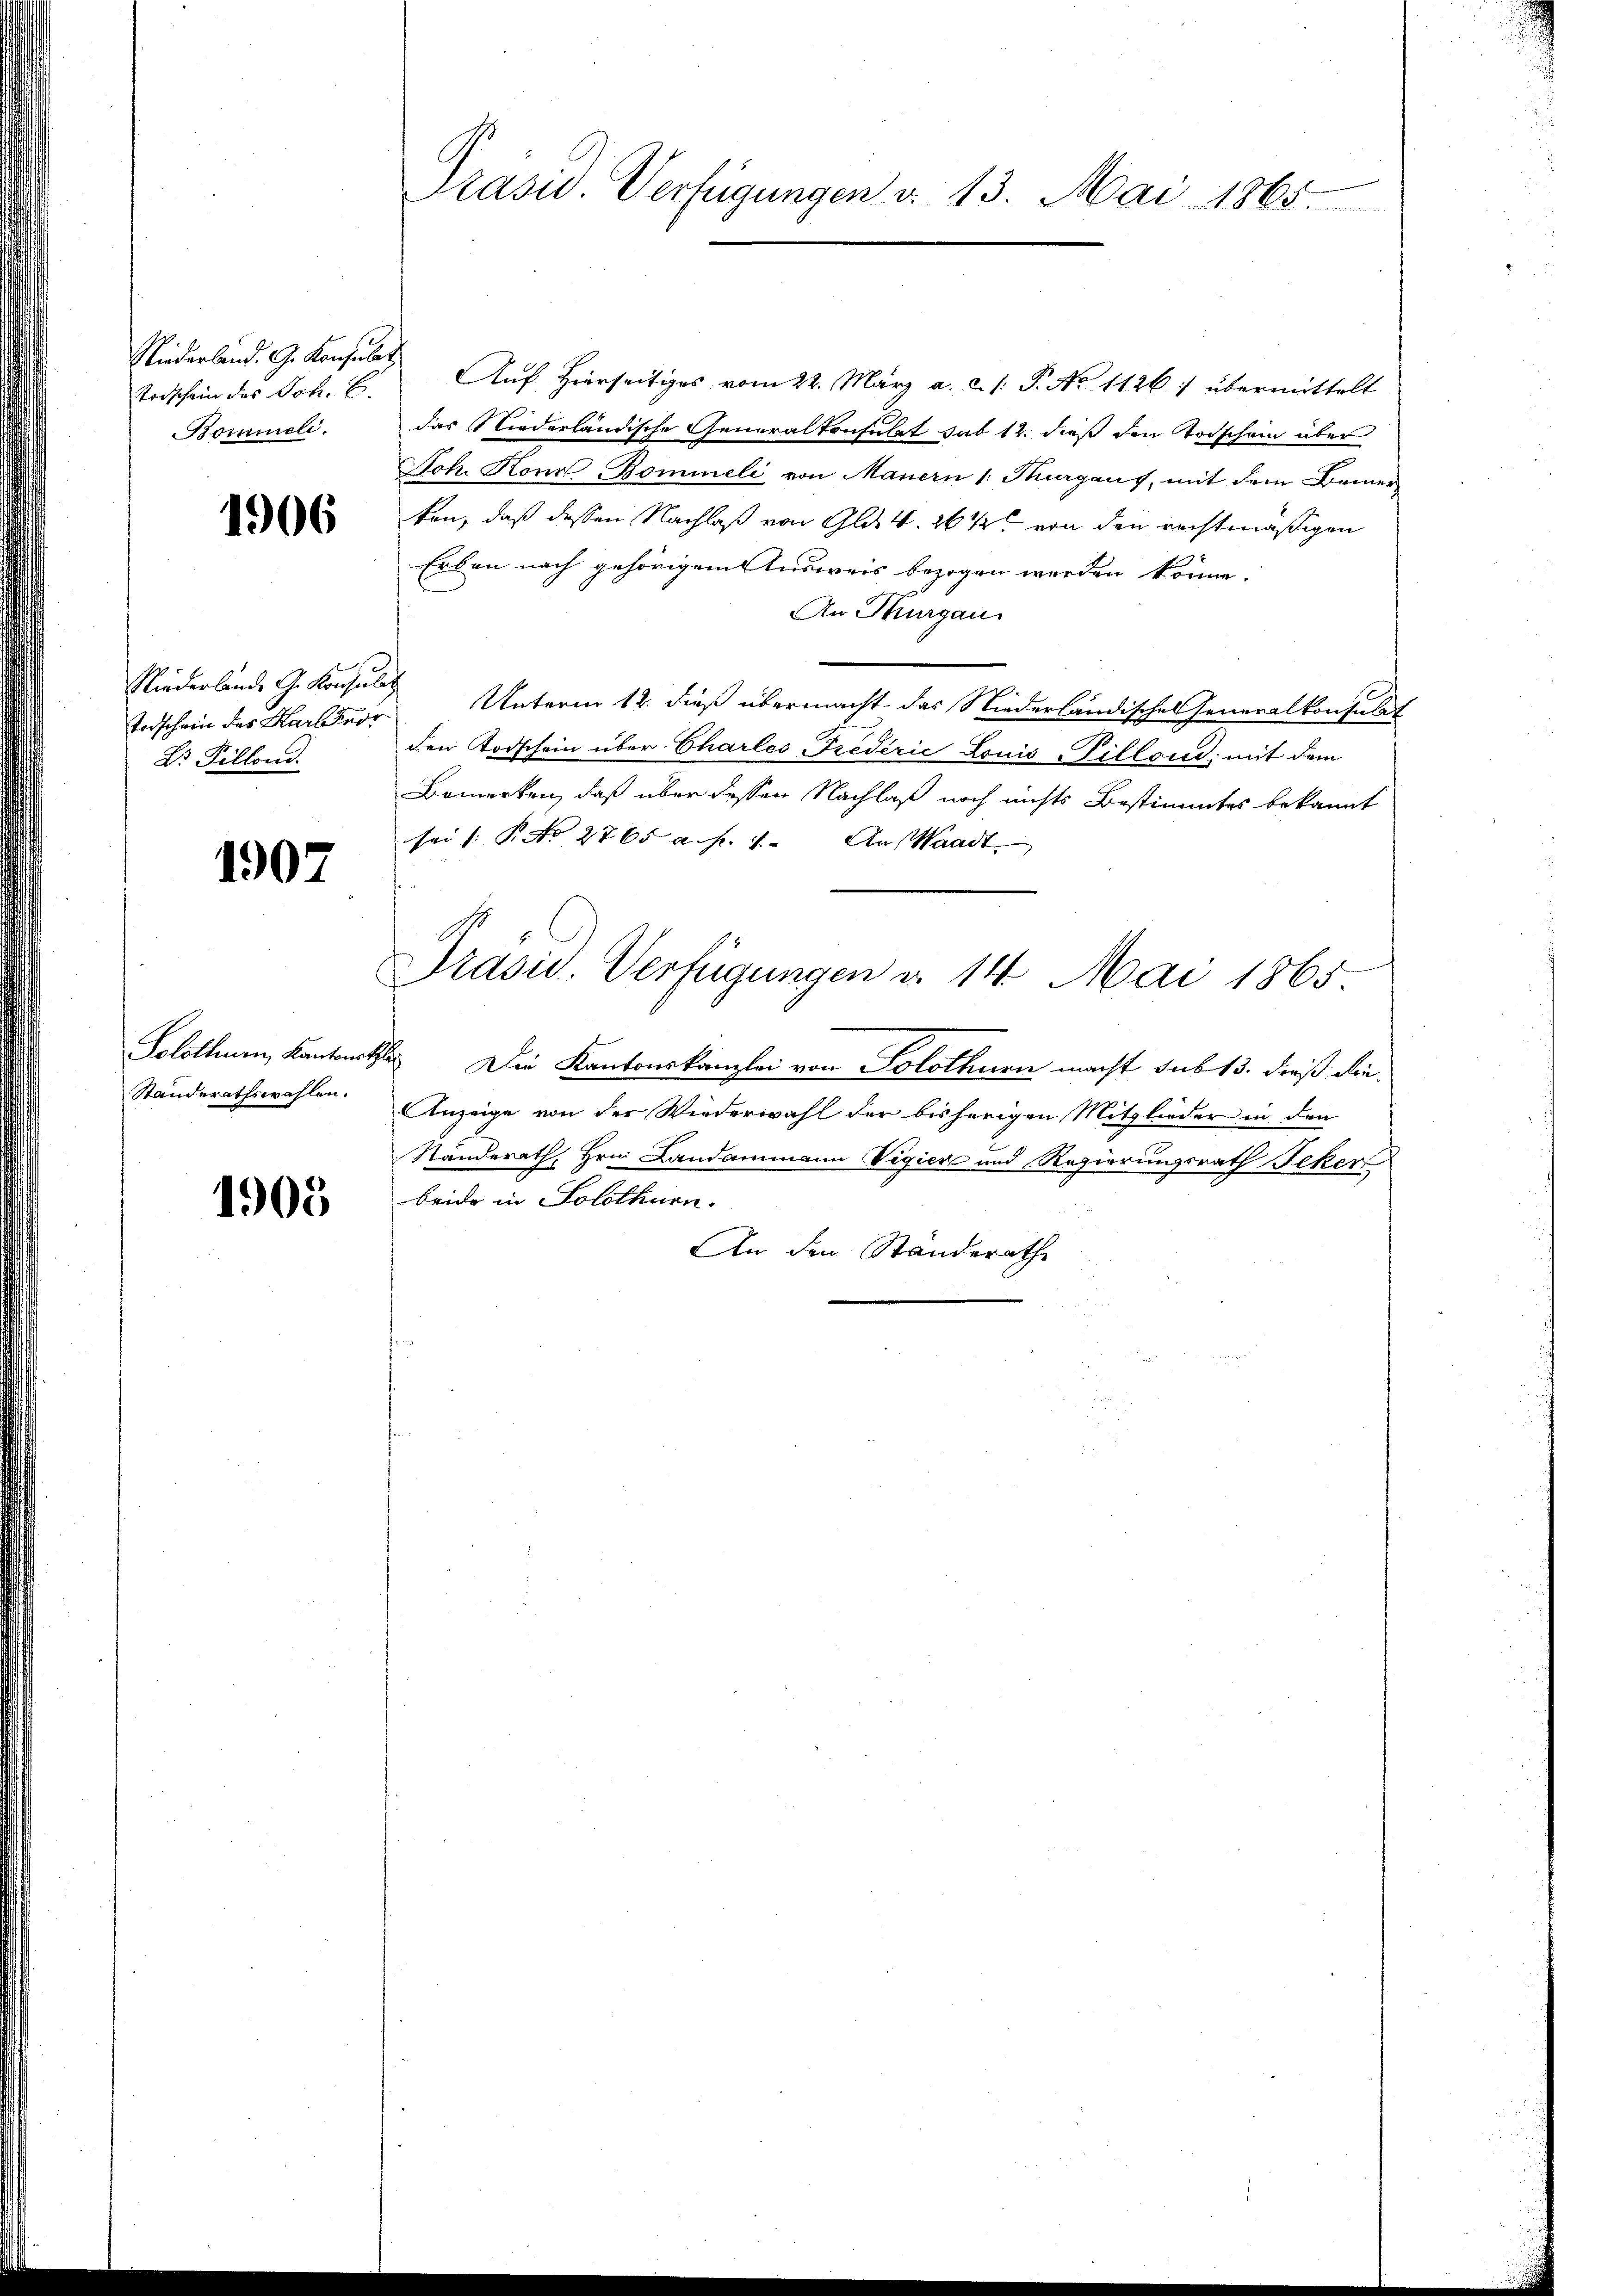
Niederland. G. Konsulat
todschein des Joh. E.
Bomineli.

1906

Todschein des Harlandr
Dr. Pillond.

1907

Solothurn, Kantonss
Standerathswahlen.

1905

Präsid. Verfügungen v. 13. Mai 1865

Auf Hierseitiges vom 22. März a. c. 1. P. No 1126. übermittelt
das Niederländische Generalkonsulat sub 12. dieß den Todschein über
Joh. Konn Bomineli von Mauern 1: Thurgauf, mit dem Bemerkon, daß dessen Nachlaß von Gld. v. 264 von den rechtmäßigen
Erben nach gehörigem Ausweis bezogen werden könne.
An Thurgau
Niederlande G. Konsuls Unterm 12. dieß übermacht das Niederländisches Generalkonsulat
den Todschein über Charles-Tredérić Louis Pilloce; mit dem
Bemerken, daß über dessen Nachlaß noch nichts Bestimmtes bekannt
sei (: P. No 2765 a. f. 1. An Waadt.
s
Prasis. Verfügungen d. 14. Mai 1865
k Die Kantonskanzlei von Solothurn macht sub 13. dieß die¬
Anzeige von der Wiederwahl der bisherigen Mitglieder in den
Ständerath, Hrn. Landammann Vigier und Regierungsrath Feker
Beide in Solothurn.
An den Standerathe